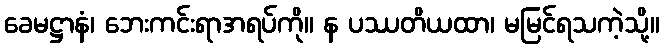
ခေမဋ္ဌာနံ၊ ဘေးကင်းရာအရပ်ကို။ န ပဿတိယထာ၊ မမြင်ရသကဲ့သို့။